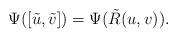
LaTeX: \begin{align*}\Psi([\tilde{u},\tilde{v}])=\Psi(\tilde{R}(u,v)).\end{align*}